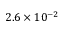
2 . 6 \times 1 0 ^ { - 2 }